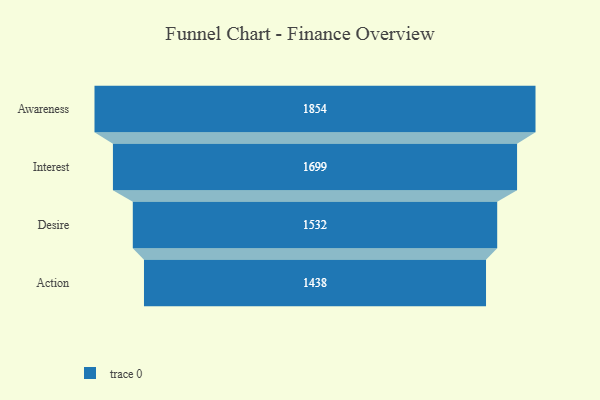
{"axis": {"x": "Stage", "y": "Value"}, "legend": [""], "data": [{"x": "Awareness", "y": 1854.0, "type": ""}, {"x": "Interest", "y": 1699.0, "type": ""}, {"x": "Desire", "y": 1532.0, "type": ""}, {"x": "Action", "y": 1438.0, "type": ""}]}